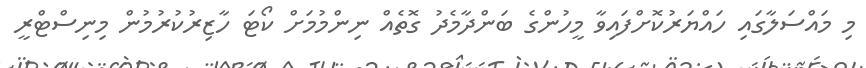
މި މައްސަލާގައި ހައްޔަރުކޮށްފައިވާ މީހުންގެ ބަންދާމެދު ގޮތެއް ނިންމުމަށް ކޯޓަ ހާޒިރުކުރުމުން މިނިސްޓްރީ